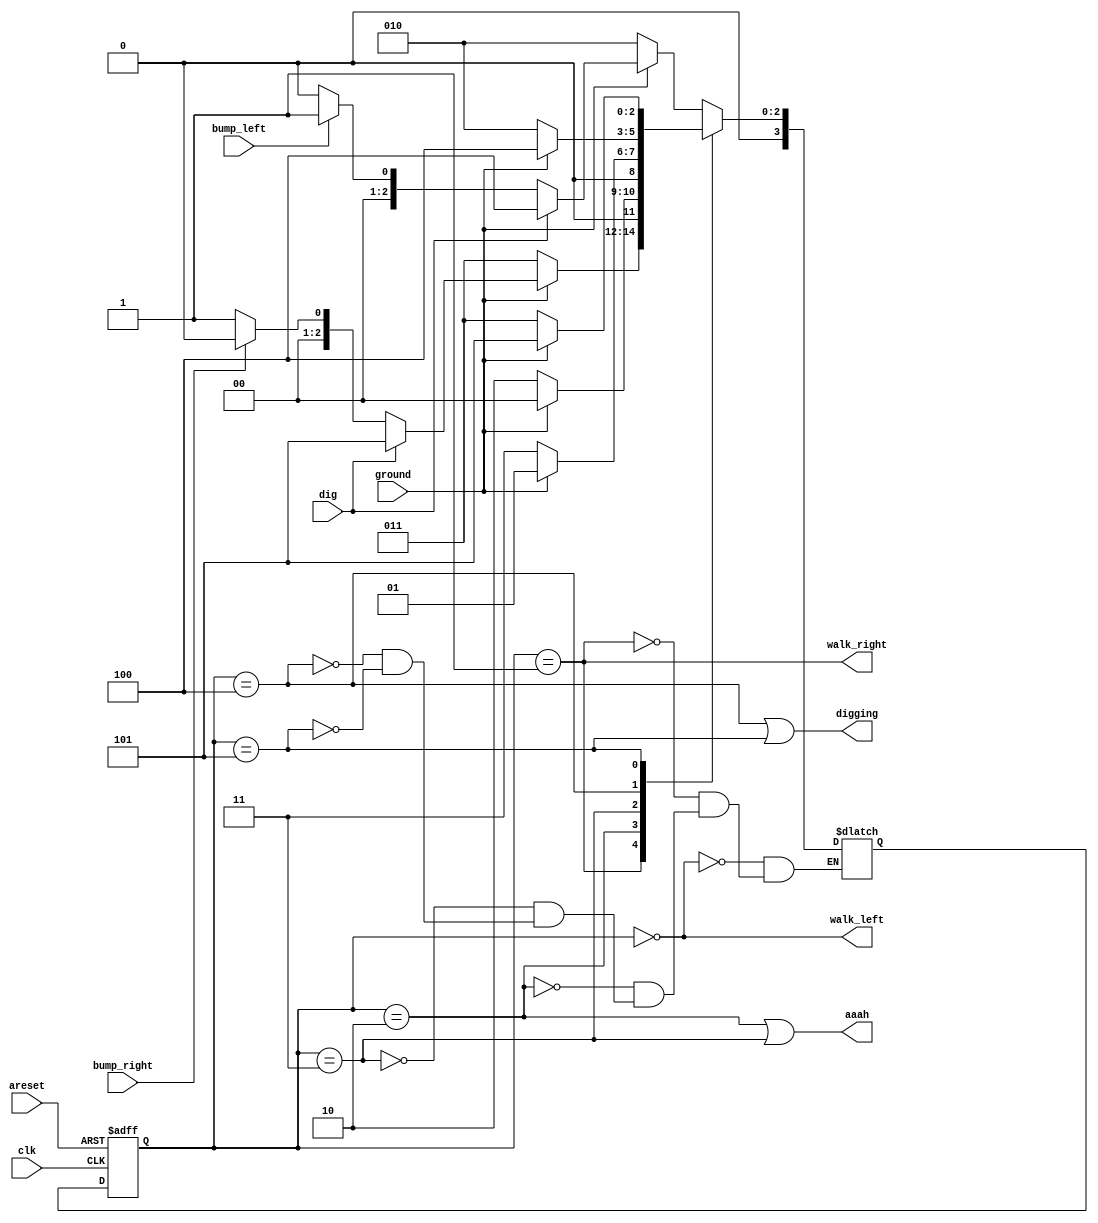
module top_module(
    input clk,
    input areset,    // Freshly brainwashed Lemmings walk left.
    input bump_left,
    input bump_right,
    input ground,
    input dig,
    output walk_left,
    output walk_right,
    output aaah,
    output digging ); 
    
       parameter LEFT=0, RIGHT=1, FALL_L=2, FALL_R=3, DIG_L=4, DIG_R=5; 
    reg [3:0]state, next_state;

    always @(*) begin
        // State transition logic
       
        case(state)
            LEFT: next_state = ground? ( dig? DIG_L:  (  (bump_left)? RIGHT: LEFT  )   ) : FALL_L;
            RIGHT: next_state = ground? ( dig? DIG_R:  (  (bump_right)? LEFT: RIGHT  )   ) : FALL_R;
            FALL_L: next_state = ground? (  LEFT  ) : FALL_L;
            FALL_R: next_state = ground? (  RIGHT  ) : FALL_R;
            DIG_L: next_state = ground? DIG_L : FALL_L;
            DIG_R: next_state = ground? DIG_R : FALL_R;
        endcase
       
    end

    always @(posedge clk, posedge areset) begin
        // State flip-flops with asynchronous reset
        if(areset) state <= LEFT;
        else state <= next_state;
    end

    // Output logic
    assign walk_left = (state == LEFT);
    assign walk_right = (state == RIGHT);
    assign aaah = (state == FALL_L | state == FALL_R);
    assign digging = (state == DIG_L | state == DIG_R);
endmodule